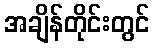
အချိန်တိုင်းတွင်